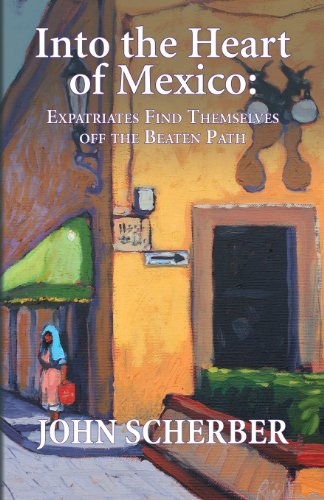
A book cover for Into the Heart of Mexico: Expatriates Find Themselves Off the Beaten Path; John Scherber; Travel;